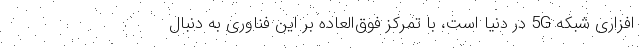
افزاری شبکه 5G در دنیا است، با تمرکز فوق‌العاده بر این فناوری به دنبال